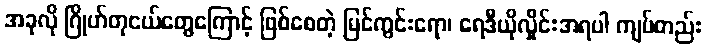
အခုလို ဂြိုဟ်တုငယ်တွေကြောင့် ဖြစ်စေတဲ့ မြင်ကွင်းရော၊ ရေဒီယိုလှိုင်းအရပါ ကျပ်တည်း